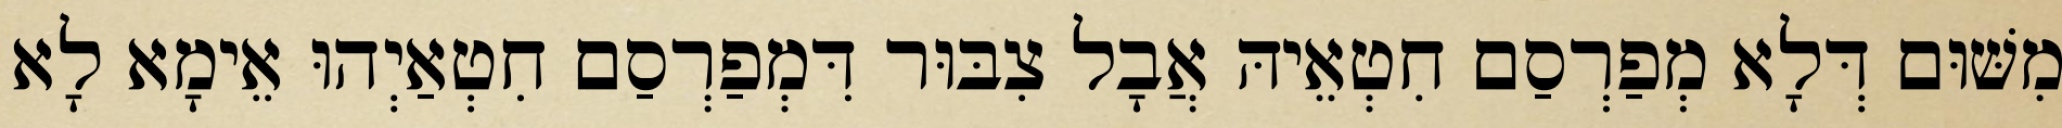
מִשּׁוּם דְּלָא מְפַרְסַם חִטְאֵיהּ אֲבָל צִבּוּר דִּמְפַרְסַם חִטְאַיְהוּ אֵימָא לָא